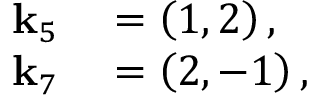
\begin{array} { r l } { \mathbf { k } _ { 5 } } & { { } = \left( 1 , 2 \right) , } \\ { \mathbf { k } _ { 7 } } & { { } = \left( 2 , - 1 \right) , } \end{array}